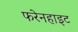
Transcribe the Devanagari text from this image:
फरेनहाइट